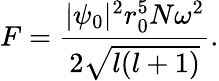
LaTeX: F=\frac{|\psi_{0}|^{2}r_{0}^{5}N\omega^{2}}{2\sqrt{l(l+1)}}.